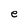
Character: e